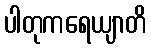
ပါတုကရေယျာတိ